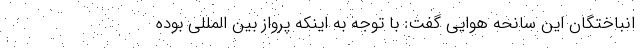
انباختگان این سانحه هوایی گفت: با توجه به اینکه پرواز بین المللی بوده